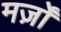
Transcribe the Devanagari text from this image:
मर्ज़ों